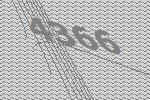
4366